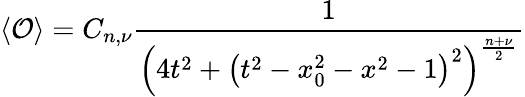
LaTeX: \left\langle\mathcal{O}\right\rangle=C_{n,\nu}\frac{1}{\left(4t^{2}+\left(t^{2}-x_{0}^{2}-x^{2}-1\right)^{2}\right)^{\frac{n+\nu}{2}}}